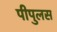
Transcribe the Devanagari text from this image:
पीपुलस